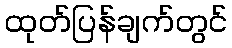
ထုတ်ပြန်ချက်တွင်